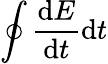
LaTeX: \oint\frac{\mathrm{d}E}{\mathrm{d}t}\mathrm{d}t